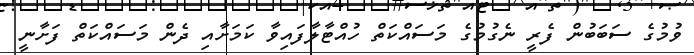
ވުމުގެ ސަބަބުން ފެރީ ނެގުމުގެ މަސައްކަތް ހުއްޓާލާފައިވާ ކަމަށާއި ދެން މަސައްކަތް ފަށާނީ